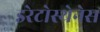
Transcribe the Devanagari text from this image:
इरेटोस्थेनेस